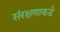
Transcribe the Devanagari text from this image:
संरक्षणाकडे